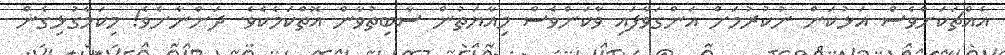
އެއްޗަކަށްވެސް އަޅުކަން ނުކުރުމަށް އަންގަވާފައި ވާކަންވެސް މިއާޔަތުން ސާބިތުވާން އޮތްކަމެކެވެ. ދަންނާށެވެ! މިކަމާގުޅިގެން